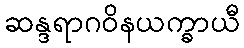
ဆန္ဒရာဂဝိနယက္ခာယီ